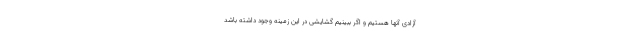
آزادی آنها هستیم و اگر ببینیم گشایشی در این زمینه وجود داشته باشد